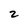
Character: z